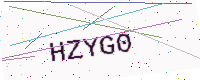
Text: HZYG0